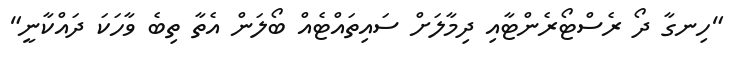
"ހިނގާ ދޯ ރެސްޓޯރެންޓާއި ދިމާލަށް ސައިތައްޓެއް ބޯލަން އެތާ ތިބެ ވާހަކަ ދައްކާނީ"